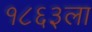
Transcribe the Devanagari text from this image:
१८६३ला